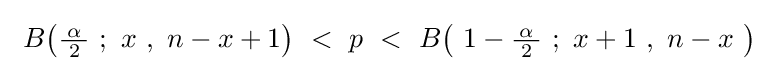
\ B\!\left({\tfrac {\!\ \alpha \!\ }{2}}\ ;\ x\ ,\ n-x+1\right)~<~p~<~B\!\left(\ 1-{\tfrac {\!\ \alpha \!\ }{2}}\ ;\ x+1\ ,\ n-x\ \right)\